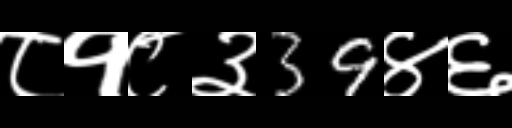
Text: ८१८३39४६